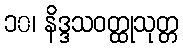
၁၀၊ နိဒ္ဒသဝတ္ထုသုတ္တ